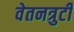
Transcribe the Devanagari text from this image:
वेतनत्रुटी